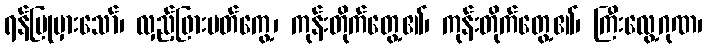
ရန်ပြုမှားသော်၊ လှည့်ဖြားပတ်ကွေ့၊ ကုန်းတိုက်တွေ့၏၊ ကုန်းတိုက်တွေ့၏၊ ကြီးလွေ့ဂုဏ၊